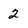
Character: 2